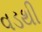
વડથી